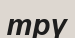
трү